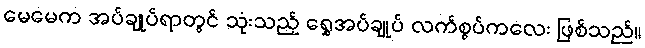
မေမေက အပ်ချုပ်ရာတွင် သုံးသည့် ရွှေအပ်ချုပ် လက်စွပ်ကလေး ဖြစ်သည်။